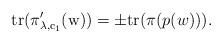
LaTeX: \begin{align*} {\rm{tr}(\pi_{\lambda,c_1}'(w))}=\pm {\rm{tr}}(\pi(p(w))).\end{align*}